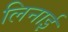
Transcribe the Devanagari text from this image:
लिनाई